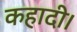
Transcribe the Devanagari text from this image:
कहादी।